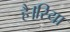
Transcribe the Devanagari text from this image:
है।रिया